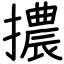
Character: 擃